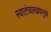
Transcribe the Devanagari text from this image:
स्वातंत्र्यलढ्यामुळे